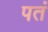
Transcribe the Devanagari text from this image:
पतं